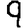
Digit: 9